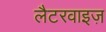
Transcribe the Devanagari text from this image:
लैटरवाइज़